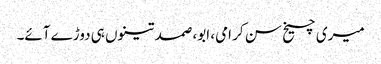
میری چیخ سن کر امی، ابو، صمد تینوں ہی دوڑے آئے۔